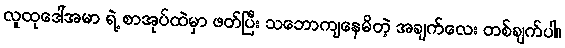
လူထုဒေါ်အမာ ရဲ့ စာအုပ်ထဲမှာ ဖတ်ပြီး သဘောကျနေမိတဲ့ အချက်လေး တစ်ချက်ပါ။